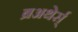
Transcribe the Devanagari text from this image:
ब्रअथेर्स्